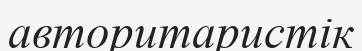
авторитаристік